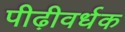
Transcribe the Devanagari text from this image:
पीढ़ीवर्धक